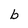
Character: b